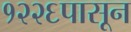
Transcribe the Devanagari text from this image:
१२२६पासून